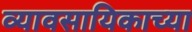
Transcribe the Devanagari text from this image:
व्यावसायिकाच्या